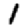
Digit: 1